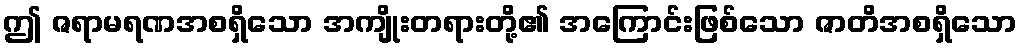
ဤ ဇရာမရဏအစရှိသော အကျိုးတရားတို့၏ အကြောင်းဖြစ်သော ဇာတိအစရှိသော